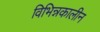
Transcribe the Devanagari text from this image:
विभिन्नकालीन